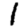
Digit: 1